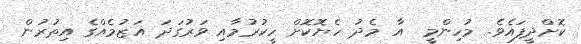
ކޮށްދީފައެވެ. މުހިންމީ  އާ މެދު ހެޔޮކޮށް ހީކުރުމާއި ވަރުގަދަ އަޒުމެއްގެ އިތުރުން